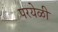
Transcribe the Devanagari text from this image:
परयेळी